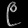
Digit: ၉